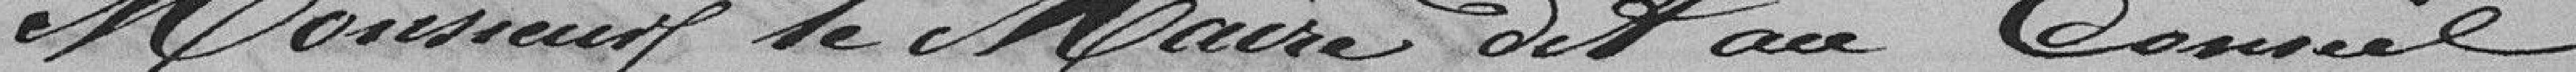
Monsieur le Maire dit au Conseil